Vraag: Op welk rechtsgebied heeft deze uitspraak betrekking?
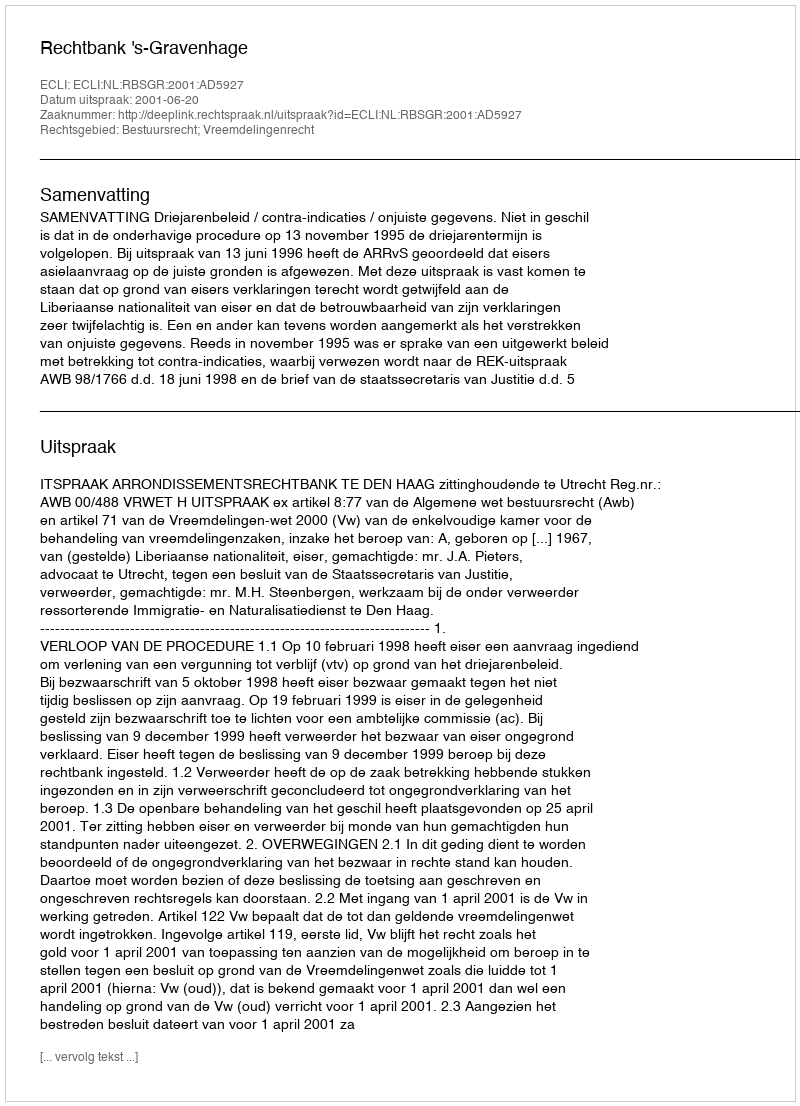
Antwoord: Bestuursrecht; Vreemdelingenrecht